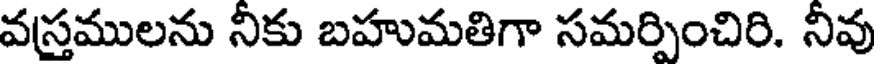
వస్తములను నీకు బహుమతిగా సమర్పించిరి. నీవు